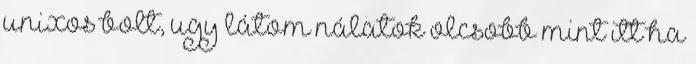
unixos bolt, ugy látom nálatok olcsobb mint itt ha